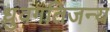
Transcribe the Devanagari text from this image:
ध्रुवगतिजन्य